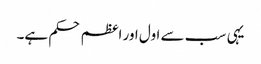
یہی سب سے اول اور اعظم حکم ہے۔